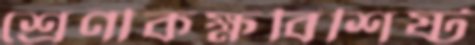
শ্রেণীকক্ষবিশিষ্ট